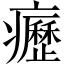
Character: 癧